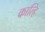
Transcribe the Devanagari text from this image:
काल्हि